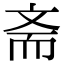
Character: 斋